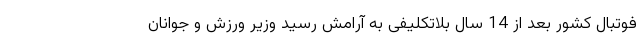
فوتبال کشور بعد از 14 سال بلاتکلیفی به آرامش رسید وزیر ورزش و جوانان